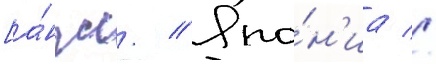
[а́нгл. // Япо́н'иа //